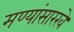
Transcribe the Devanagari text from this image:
मण्यांसारखे